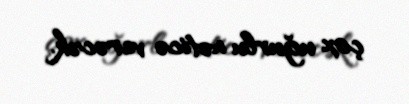
çox uğurlu nəticə verəcək.